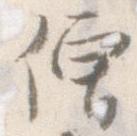
僧